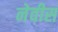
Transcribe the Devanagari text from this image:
नेवीस